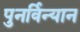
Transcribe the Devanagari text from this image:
पुनर्विन्यान